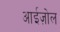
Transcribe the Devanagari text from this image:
आईज़ोल